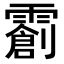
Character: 𬰌